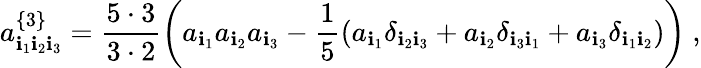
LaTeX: a_{\mathbf{i}_{1}\mathbf{i}_{2}\mathbf{i}_{3}}^{\left\{ 3\right\} }=\frac{{5\cdot3}}{{3\cdot2}}\left(a_{\mathbf{i}_{1}}a_{\mathbf{i}_{2}}a_{\mathbf{i}_{3}}-\frac{{1}}{{5}}\left(a_{\mathbf{i}_{1}}\delta_{\mathbf{i}_{2}\mathbf{i}_{3}}+a_{\mathbf{i}_{2}}\delta_{\mathbf{i}_{3}\mathbf{i}_{1}}+a_{\mathbf{i}_{3}}\delta_{\mathbf{i}_{1}\mathbf{i}_{2}}\right)\right)\ ,